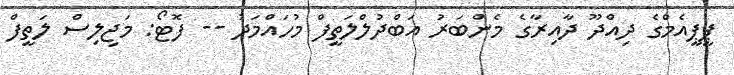
ޕީޕީއެމްގެ ދިއްދޫ ދާއިރާގެ މެންބަރު އަބްދުލްލަތީފް މުހައްމަދު -- ފޮޓޯ: މަޖިލިސް ލަތީފް